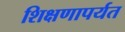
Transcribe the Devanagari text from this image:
शिक्षणापर्यत